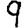
Digit: 9